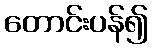
တောင်းပန်၍